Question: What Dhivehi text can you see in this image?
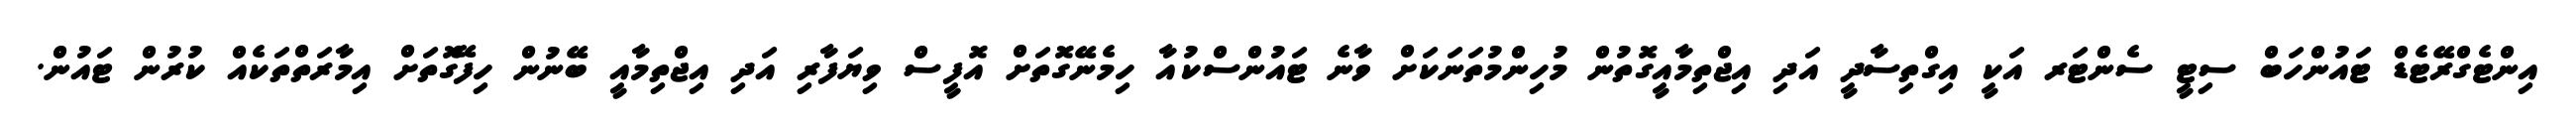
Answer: އިންޓެގްރޭޓެޑް ޓައުންހަބް ސިޓީ ސެންޓަރ އަކީ އިގްތިސާދީ އަދި އިޖްތިމާއީގޮތުން މުހިންމުތަނަކަށް ވާނެ ޓައުންސްކުއާ ހިމެނޭގޮތަށް އޮފީސް ވިޔަފާރި އަދި އިޖްތިމާއީ ބޭނުން ހިފޭގޮތަށް އިމާރަތްތަކެއް ކުރުން ޓައުން.